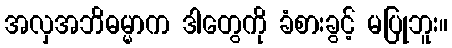
အလှအဘိဓမ္မာက ဒါတွေကို ခံစားခွင့် မပြုဘူး။